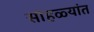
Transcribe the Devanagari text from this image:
सोहळ्यांत